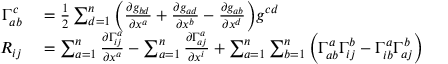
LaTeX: \begin{array} { r l } { \Gamma _ { a b } ^ { c } } & { { } = { \frac { 1 } { 2 } } \sum _ { d = 1 } ^ { n } { \Big ( } { \frac { \partial g _ { b d } } { \partial x ^ { a } } } + { \frac { \partial g _ { a d } } { \partial x ^ { b } } } - { \frac { \partial g _ { a b } } { \partial x ^ { d } } } { \Big ) } g ^ { c d } } \\ { R _ { i j } } & { { } = \sum _ { a = 1 } ^ { n } { \frac { \partial \Gamma _ { i j } ^ { a } } { \partial x ^ { a } } } - \sum _ { a = 1 } ^ { n } { \frac { \partial \Gamma _ { a j } ^ { a } } { \partial x ^ { i } } } + \sum _ { a = 1 } ^ { n } \sum _ { b = 1 } ^ { n } { \Big ( } \Gamma _ { a b } ^ { a } \Gamma _ { i j } ^ { b } - \Gamma _ { i b } ^ { a } \Gamma _ { a j } ^ { b } { \Big ) } } \end{array}